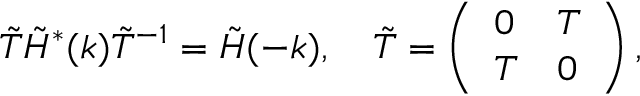
\begin{array} { r } { \tilde { T } \tilde { H } ^ { * } ( k ) \tilde { T } ^ { - 1 } = \tilde { H } ( - k ) , \quad \tilde { T } = \left( \begin{array} { l l } { 0 } & { T } \\ { T } & { 0 } \end{array} \right) , } \end{array}